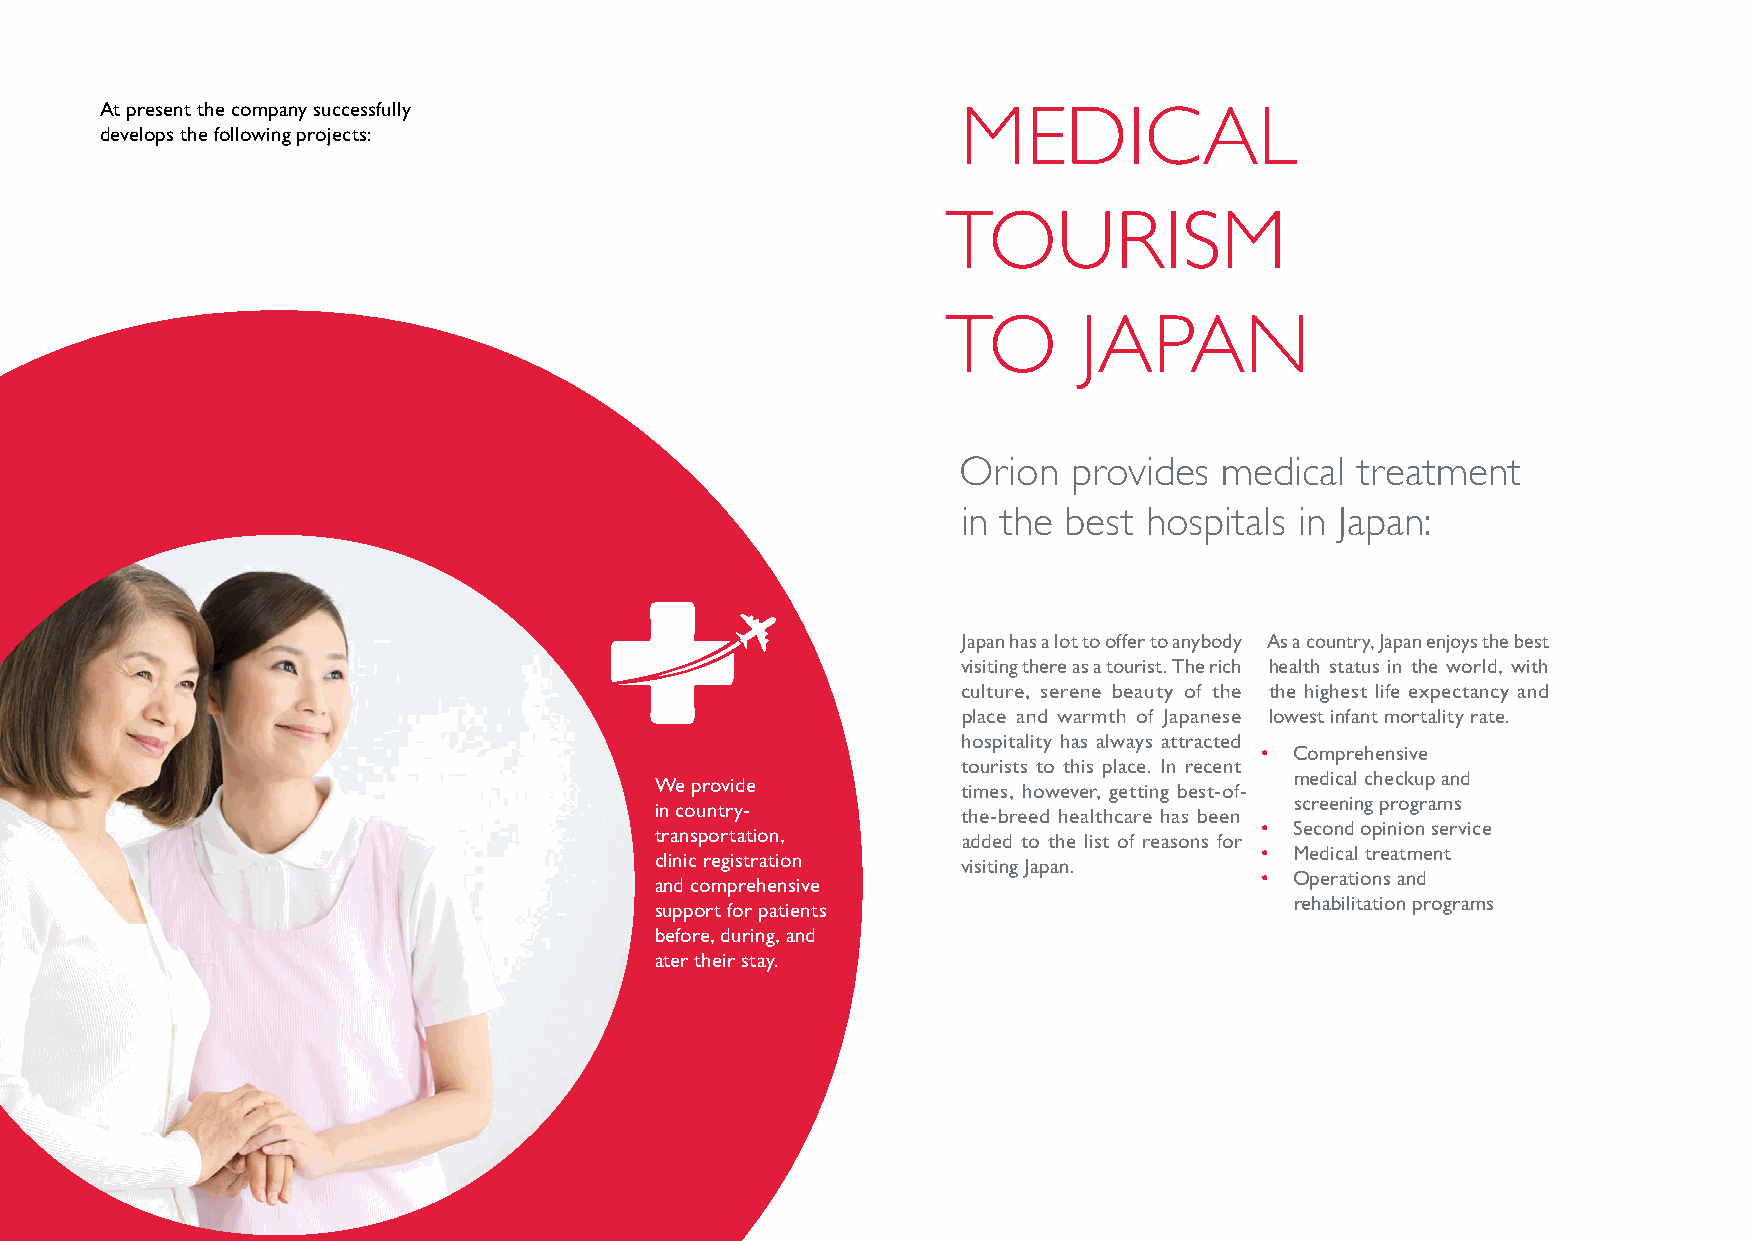
At present the company successfully                      MEDICAL
 develops the following projects:
 TOURISM
 TO       JAPAN
 Orion  provides  medical  treatment
 in the best hospitals in Japan:
 Japan has a lot to offer to anybody As a country, Japan enjoys the best
 visiting there as a tourist. The rich health status in the world, with
 culture, serene beauty of the the highest life expectancy and
 place and warmth of Japanese lowest infant mortality rate.
 hospitality has always attracted
 • Comprehensive
 tourists to this place. In recent
 medical checkup and
 We provide           times, however, getting best-of-
 screening programs
 in country-          the-breed healthcare has been
 • Second opinion service
 transportation,      added to the list of reasons for
 • Medical treatment
 clinic registration  visiting Japan.
 • Operations and
 and comprehensive
 rehabilitation programs
 support for patients
 before, during, and
 ater their stay.